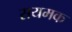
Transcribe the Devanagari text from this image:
सयमक